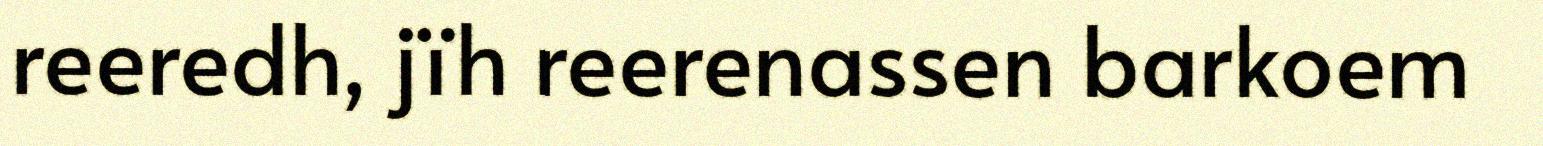
reeredh, jïh reerenassen barkoem